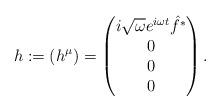
LaTeX: \begin{align*}h:=(h^\mu)=\begin{pmatrix}i\sqrt{\omega} e^{i\omega t}\hat{f^*} \\ 0 \\ 0 \\ 0\end{pmatrix}.\end{align*}